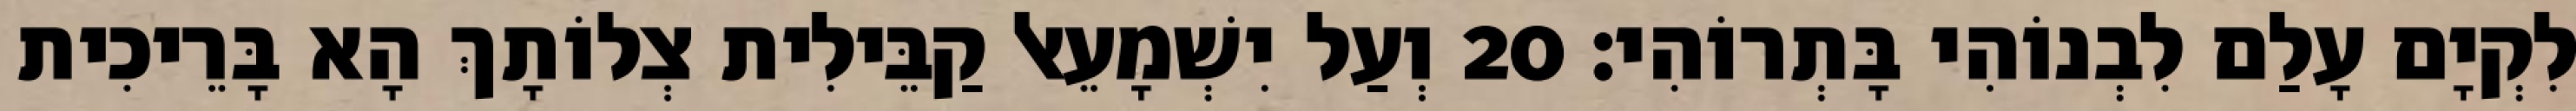
לִקְיָם עָלַם לִבְנוֹהִי בָּתְרוֹהִי׃ 20 וְעַל יִשְׁמָעֵאל קַבֵּילִית צְלוֹתָךְ הָא בָּרֵיכִית